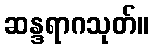
ဆန္ဒရာဂသုတ်။